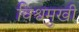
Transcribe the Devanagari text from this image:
विश्वमुखी